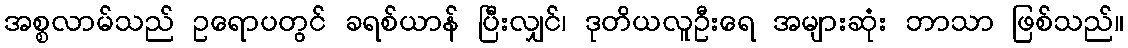
အစ္စလာမ်သည် ဥရောပတွင် ခရစ်ယာန် ပြီးလျှင်၊ ဒုတိယလူဦးရေ အများဆုံး ဘာသာ ဖြစ်သည်။